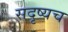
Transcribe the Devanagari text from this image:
सदृष्यच